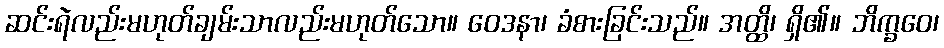
ဆင်းရဲလည်းမဟုတ်ချမ်းသာလည်းမဟုတ်သော။ ဝေဒနာ၊ ခံစားခြင်းသည်။ အတ္ထိ၊ ရှိ၏။ ဘိက္ခဝေ၊